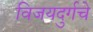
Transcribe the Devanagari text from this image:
विजयदुर्गचे